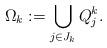
LaTeX: \begin{align*}\Omega_k:=\bigcup_{j\in J_k}Q^k_j.\end{align*}